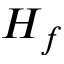
H _ { f }